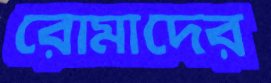
রোমাদের